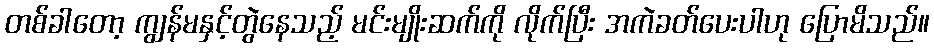
တစ်ခါတော့ ကျွန်မနှင့်တွဲနေသည့် မင်းမျိုးဆက်ကို လိုက်ပြီး အကဲခတ်ပေးပါဟု ပြောမိသည်။